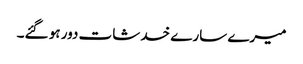
میرے سارے خدشات دور ہو گئے۔